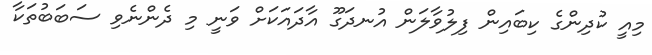
މިއީ ކުދިންގެ ކިބައިން ފިލުވާލަން އުނދަގޫ އާދައަކަށް ވަނީ މި ދެންނެވި ސަބަބުތަކާ